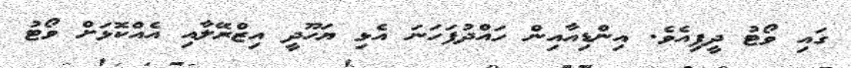
ގައި ވޯޓު ދީފިއެވެ. އިންޑިއާއިން ހައްދުފަހަނަ އެޅި ޔަހޫދީ އިޒްރޭލާއި އެއްކޮޅަށް ވޯޓު